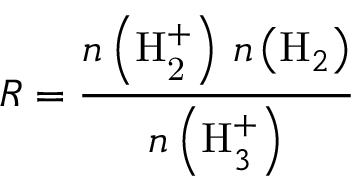
R = \frac { n \left( \mathrm { H _ { 2 } ^ { + } } \right) \, n \left( \mathrm { H } _ { 2 } \right) } { n \left( \mathrm { H } _ { 3 } ^ { + } \right) }